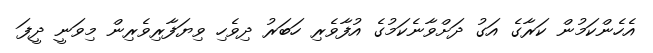
އެހެންކަމުން ކަރާގެ އަގު ދަށްވާނެކަމުގެ އުފާވެރި ހަބަރު ދިވެހި ވިޔަފާރިވެރިން މިވަނީ ދީފަ